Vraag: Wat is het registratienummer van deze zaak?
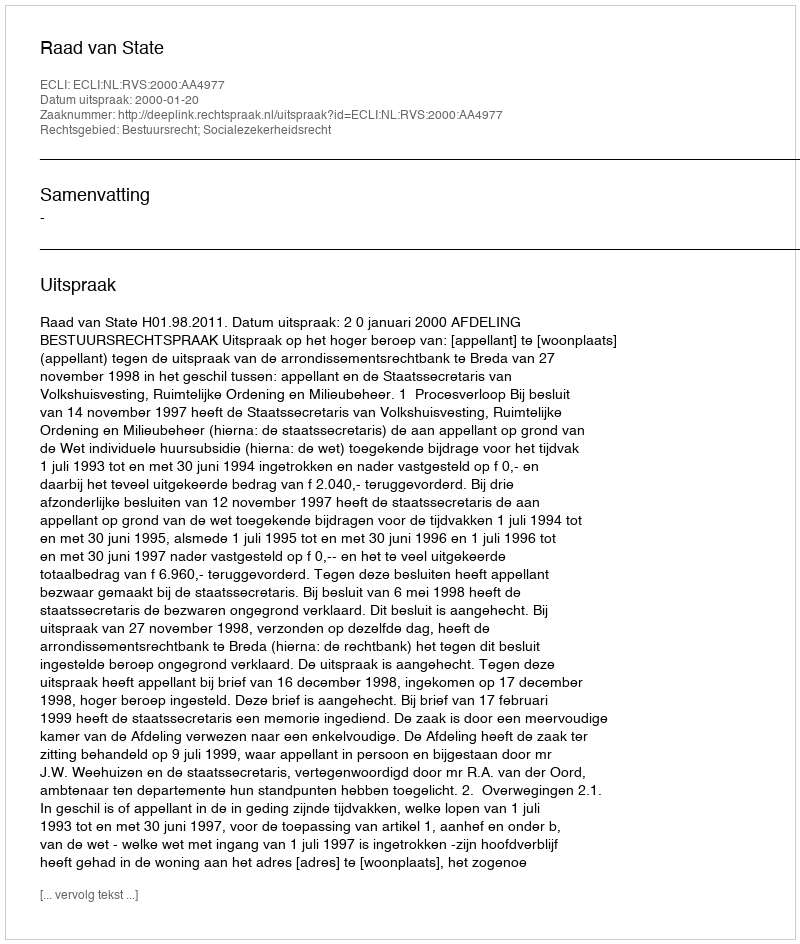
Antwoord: http://deeplink.rechtspraak.nl/uitspraak?id=ECLI:NL:RVS:2000:AA4977